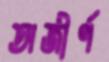
অজীর্ণ